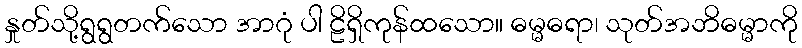
နှုတ်သို့ရွရွတက်သော အာဂုံ ပါ ဠိရှိကုန်ထသော။ ဓမ္မဓရာ၊ သုတ်အဘိဓမ္မာကို